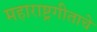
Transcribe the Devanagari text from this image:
महाराष्ट्रगीताचे